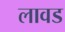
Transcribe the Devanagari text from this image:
लावड